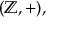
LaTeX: ( \mathbb { Z } , + ) ,